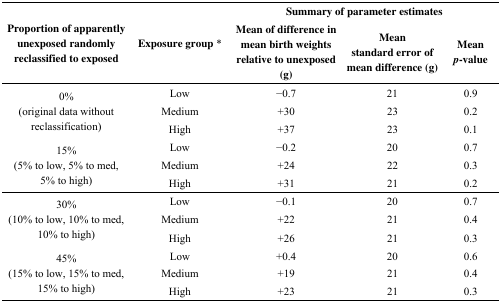
<table><thead><tr><td rowspan="3"><b>Proportion of apparently unexposed randomly reclassified to exposed</b></td><td rowspan="3"><b>Exposure group *</b></td><td colspan="3"><b>Summary of parameter estimates</b></td></tr><tr><td rowspan="2"><b>Mean of difference in mean birth weights relative to unexposed (g)</b></td><td><b>Mean</b></td><td><b>Mean</b></td></tr><tr><td><b>standard error of mean difference (g)</b></td><td><b><i>p</i>-value</b></td></tr></thead><tbody><tr><td rowspan="3">0% (original data without reclassification)</td><td>Low</td><td>−0.7</td><td>21</td><td>0.9</td></tr><tr><td>Medium</td><td>+30</td><td>23</td><td>0.2</td></tr><tr><td>High</td><td>+37</td><td>23</td><td>0.1</td></tr><tr><td rowspan="3">15% (5% to low, 5% to med, 5% to high)</td><td>Low</td><td>−0.2</td><td>20</td><td>0.7</td></tr><tr><td>Medium</td><td>+24</td><td>22</td><td>0.3</td></tr><tr><td>High</td><td>+31</td><td>21</td><td>0.2</td></tr><tr><td rowspan="3">30% (10% to low, 10% to med, 10% to high)</td><td>Low</td><td>−0.1</td><td>20</td><td>0.7</td></tr><tr><td>Medium</td><td>+22</td><td>21</td><td>0.4</td></tr><tr><td>High</td><td>+26</td><td>21</td><td>0.3</td></tr><tr><td rowspan="3">45% (15% to low, 15% to med, 15% to high)</td><td>Low</td><td>+0.4</td><td>20</td><td>0.6</td></tr><tr><td>Medium</td><td>+19</td><td>21</td><td>0.4</td></tr><tr><td>High</td><td>+23</td><td>21</td><td>0.3</td></tr></tbody></table>